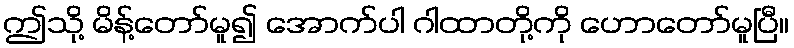
ဤသို့ မိန့်တော်မူ၍ အောက်ပါ ဂါထာတို့ကို ဟောတော်မူပြီ။